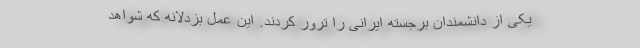
یکی از دانشمندان برجسته ایرانی را ترور کردند. این عمل بزدلانه که شواهد